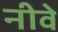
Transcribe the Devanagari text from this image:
नीवे